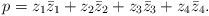
LaTeX: \begin{align*}p = z_1 \bar{z}_1 + z_2 \bar{z}_2 + z_3 \bar{z}_3 + z_4 \bar{z}_4 .\end{align*}